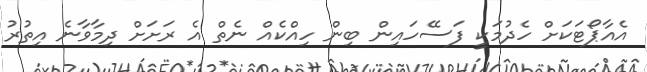
އެއާޕޯޓަކަށް ހެދުމަކީ ފަސޭހައިން ބިން ހިއްކެއް ނެތް އެ ރަށަށް ދިމާވާނެ އިތުރު